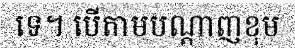
ទេ។ បើតាមបណ្តាញខុម